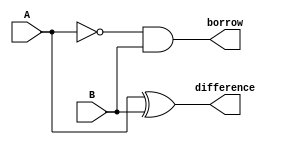
module subtractor (
    input wire A,
    input wire B,
    output wire difference,
    output wire borrow
);

assign difference = A ^ B; // XOR gate for calculating the difference
assign borrow = (!A & B); // AND gate for calculating the borrow using NOT and AND gates

endmodule